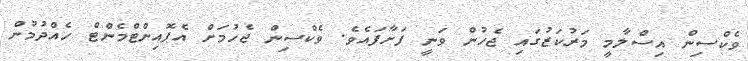
ވެކްސިން އިސްލާމީ މަރުކަޒުގައި ޖެހުން ވަނީ ފަށާފައެވެ. ވެކްސިން ޖެހުމަށް އެޕޮއިންޓްމެންޓް ހެއްދުމުން